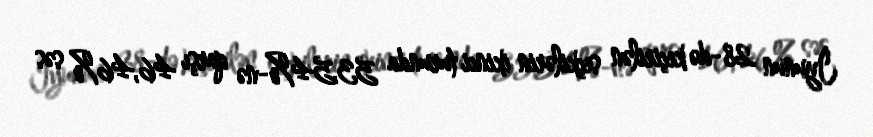
İyunun 28-də keçirilən seçkilərin ikinci turunda 53,54%-nə qarşı 46,46% səs